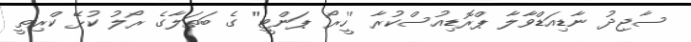
ސާޖިދު ނާޑިއަޑްވާލާ ޕްރޮޑިއުސްކުރާ ''ހީރޯ ޕަންޓީ'' ގެ ބަތަލާގެ ރޯލު ކުޅޭ ކްރިތީ